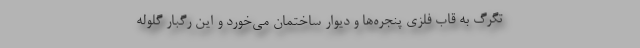
تگرگ به قاب فلزی پنجره‌ها و دیوار ساختمان می‌خورد و این رگبار گلوله